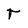
Character: r